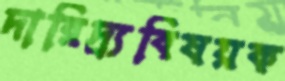
দারিদ্র্যবিষয়ক